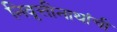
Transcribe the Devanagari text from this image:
निवृत्तीनाथांची